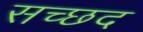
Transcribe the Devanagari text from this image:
सच्छद